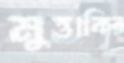
মুত্তাকির